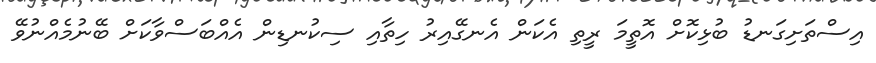
އިސްތަށިގަނޑު ބުޅިކޮށް އޮތީމަ ރީތި އެކަން އެނގޭއިރު ހިތާއި ސިކުނޑިން އެއްބަސްވާކަށް ބޭނުމެއްނުވޭ